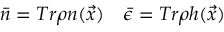
\bar { n } = T r \rho n ( \vec { x } ) \quad \bar { \epsilon } = T r \rho h ( \vec { x } )